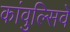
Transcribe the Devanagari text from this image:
कांवुल्सिवे